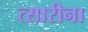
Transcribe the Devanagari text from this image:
त्सारीना